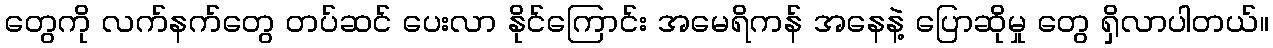
တွေကို လက်နက်တွေ တပ်ဆင် ပေးလာ နိုင်ကြောင်း အမေရိကန် အနေနဲ့ ပြောဆိုမှု တွေ ရှိလာပါတယ်။